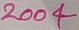
Text: 2004